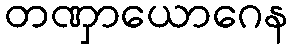
တဏှာယောဂေန